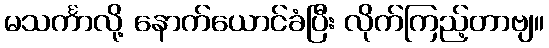
မသင်္ကာလို့ နောက်ယောင်ခံပြီး လိုက်ကြည့်တာဗျ။